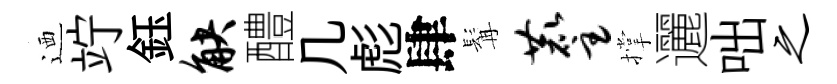
迺竚鈺觖醴几彪肆髯麈撑邐咄之